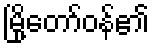
မြို့တော်ဝန်၏